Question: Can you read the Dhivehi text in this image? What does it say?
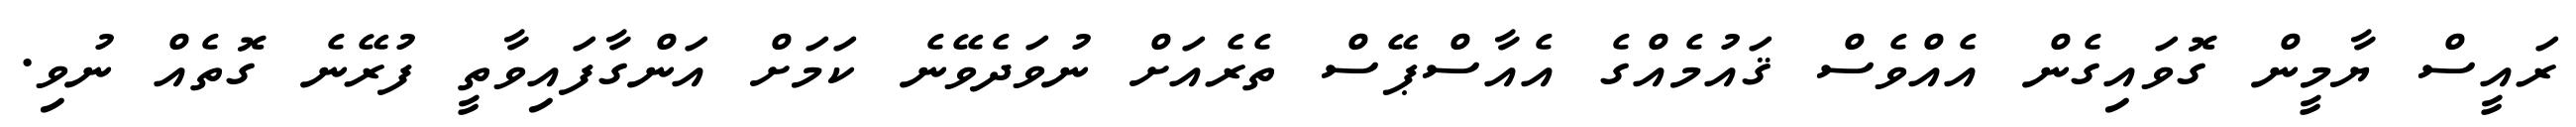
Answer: ރައީސް ޔާމީން ގޮވައިގެން އެއްވެސް ޤައުމެއްގެ އެއާސްޕޭސް ތެރެއަށް ނުވަދެވޭނެ ކަމަށް އަންގާފައިވާތީ ފުރޭނެ ގޮތެއް ނުވި.